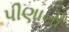
પીણાની